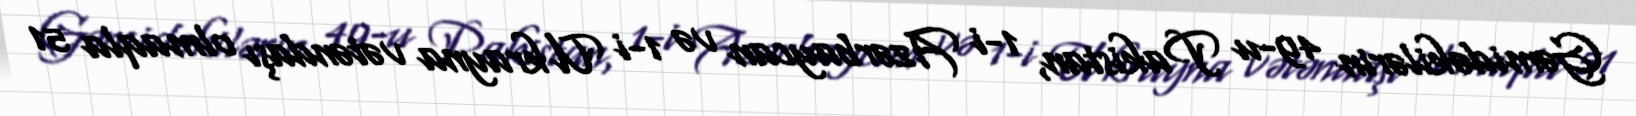
Gəmidəkilərin 49-u Pakistan, 1-i Azərbaycan və 1-i Ukrayna vətəndaşı olmaqla 51